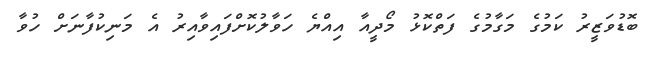
ބޮޑުވަޒީރު ކަމުގެ މަގާމުގެ ފަތްކޮޅު މޯދީއާ އިއްޔެ ހަވާލުކޮށްފައިވާއިރު އެ މަނިކުފާނަށް ހުވާ